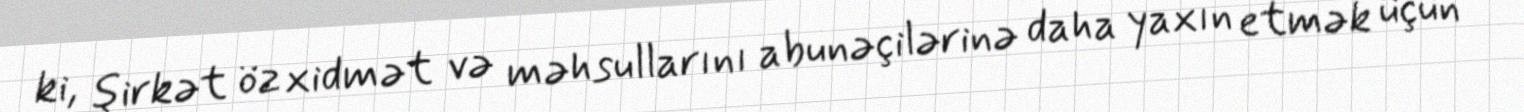
ki, şirkət öz xidmət və məhsullarını abunəçilərinə daha yaxın etmək üçün